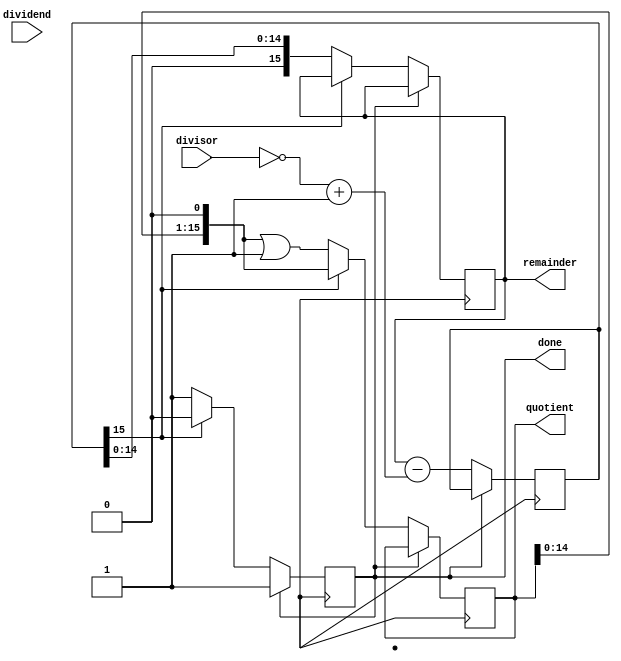
module non_restoring_divider (
    input [15:0] dividend,
    input [15:0] divisor,
    output reg [15:0] quotient,
    output reg [15:0] remainder,
    output reg done
);

wire [15:0] neg_divisor;
assign neg_divisor = ~divisor + 1;

reg [15:0] subtractor_out;
reg [15:0] remainder_reg;
reg [15:0] quotient_reg;
reg [3:0] subtract_count;

always @ (posedge clk) begin
    if (!done) begin
        subtractor_out <= remainder_reg - neg_divisor;
        
        if (subtractor_out[15] == 0) begin
            remainder_reg <= subtractor_out;
            quotient_reg <= quotient_reg << 1 | 1'b1;
        end else begin
            remainder_reg <= remainder_reg;
            quotient_reg <= quotient_reg << 1;
        end
        
        subtract_count <= subtract_count + 1;
        
        if (subtractor_out[15] == 0 || subtract_count == 16) begin
            done <= 1;
        end
    end
end

assign quotient = quotient_reg;
assign remainder = remainder_reg;

endmodule